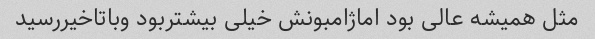
مثل همیشه عالی بود اماژامبونش خیلی بیشتربود وباتاخیررسید